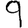
Digit: 9